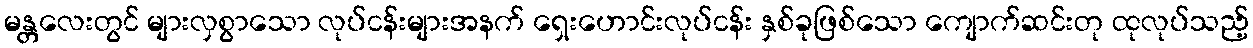
မန္တလေးတွင် များလှစွာသော လုပ်ငန်းများအနက် ရှေးဟောင်းလုပ်ငန်း နှစ်ခုဖြစ်သော ကျောက်ဆင်းတု ထုလုပ်သည့်